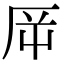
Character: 𠩋